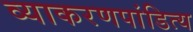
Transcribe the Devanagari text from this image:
व्याकरणपांडित्य